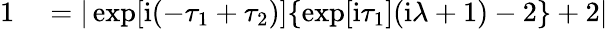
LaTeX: \begin{array}{rl}{1}&{{}=|\exp[\mathrm{i}(-\tau_{1}+\tau_{2})]\{ \exp[\mathrm{i}\tau_{1}](\mathrm{i}\lambda+1)-2\} +2|}\end{array}